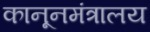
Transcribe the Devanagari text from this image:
कानूनमंत्रालय